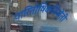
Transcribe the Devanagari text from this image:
पारितोषिकविजेती